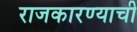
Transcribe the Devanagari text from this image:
राजकारण्याची